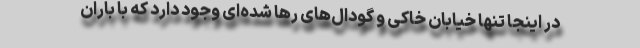
در اینجا تنها خیابان خاکی و گودال‌های رها شده‌ای وجود دارد که با باران